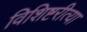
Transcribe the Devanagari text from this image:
विशिष्टरीत्या